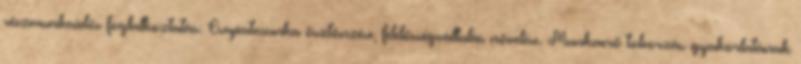
részmunkaidős foglalkoztatás. Csapatmunka ösztönzése, felelősségvállalás növelése. Munkaerő toborzás gyakorlatának